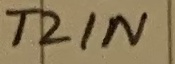
Text: T2IN